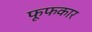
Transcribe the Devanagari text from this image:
फूफकार